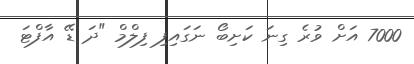
7000 އަށް ވުރެ ގިނަ ކަށިބޯ ނަގައިފި ފިލްމް "ދަ ޑޭ އާފްޓަ